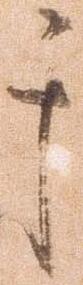
于